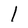
Character: l